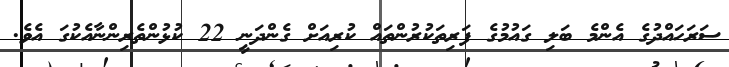
ސަރަހައްދުގެ އެންމެ ބަލި ގައުމުގެ ފަރިތަކުރުންތައް ކުރިއަށް ގެންދަނީ 22 ކުޅުންތެރިންނާއެކުގަ އެވެ.